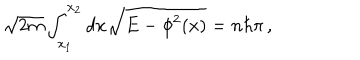
\sqrt { 2 m } \int _ { x _ { 1 } } ^ { x _ { 2 } } d x \sqrt { E - \phi ^ { 2 } ( x ) } = n \hbar \pi \, ,